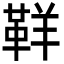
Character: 𩊑